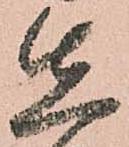
先